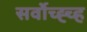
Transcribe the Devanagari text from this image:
सर्वोच्ह्च्ह